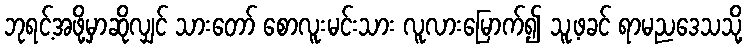
ဘုရင့်အဖို့မှာဆိုလျှင် သားတော် စောလူးမင်းသား လူလားမြောက်၍ သူ့ဖခင် ရာမညဒေသသို့